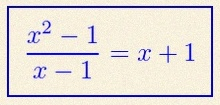
\frac{x^2-1}{x-1}=x+1